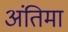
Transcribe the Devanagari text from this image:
अंतिमा